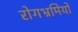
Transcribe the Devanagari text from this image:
रोगभ्रमियों